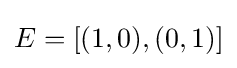
E=[(1,0),(0,1)]